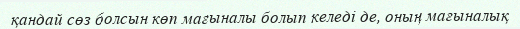
қандай сөз болсын көп мағыналы болып келеді де, оның мағыналық